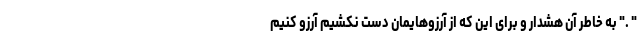
" ." به خاطر آن هشدار و برای این که از آرزوهایمان دست نکشیم آرزو کنیم